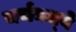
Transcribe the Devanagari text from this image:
चर्चमध्‍ये